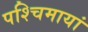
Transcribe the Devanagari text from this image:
पश्चिमायां